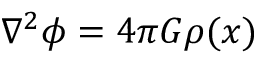
\nabla ^ { 2 } \phi = 4 \pi G \rho ( x )